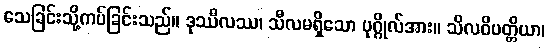
သေခြင်းသို့ကပ်ခြင်းသည်။ ဒုဿီလဿ၊ သီလမရှိသော ပုဂ္ဂိုလ်အား။ သိလဝိပတ္တိယာ၊